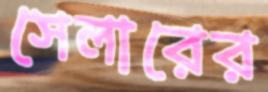
সেলারের